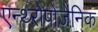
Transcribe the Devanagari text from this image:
एन्थ्‍रोपोजेनिक